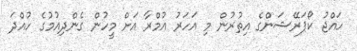
ހައްޖު ކޯޕަރޭޝަންގެ އިތުރުން މި އަހަރު އުމްރާ އަށް މީހުން ގެންދިއުމުގެ ހުއްދަ